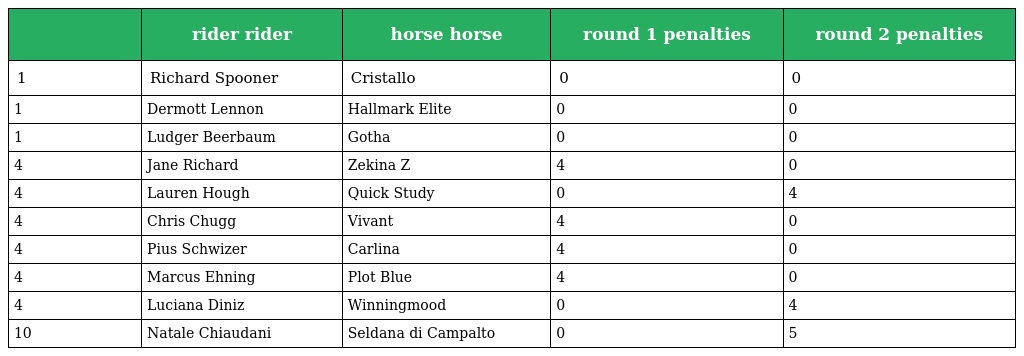
|  | rider rider | horse horse | round 1 penalties | round 2 penalties |
 | --- | --- | --- | --- | --- |
 | 1 | Richard Spooner | Cristallo | 0 | 0 |
 | 1 | Dermott Lennon | Hallmark Elite | 0 | 0 |
 | 1 | Ludger Beerbaum | Gotha | 0 | 0 |
 | 4 | Jane Richard | Zekina Z | 4 | 0 |
 | 4 | Lauren Hough | Quick Study | 0 | 4 |
 | 4 | Chris Chugg | Vivant | 4 | 0 |
 | 4 | Pius Schwizer | Carlina | 4 | 0 |
 | 4 | Marcus Ehning | Plot Blue | 4 | 0 |
 | 4 | Luciana Diniz | Winningmood | 0 | 4 |
 | 10 | Natale Chiaudani | Seldana di Campalto | 0 | 5 |